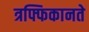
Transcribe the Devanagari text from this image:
त्रफ्फिकानते